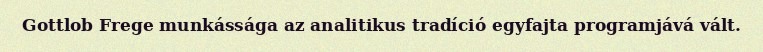
Gottlob Frege munkássága az analitikus tradíció egyfajta programjává vált.